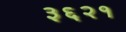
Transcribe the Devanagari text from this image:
३६२१